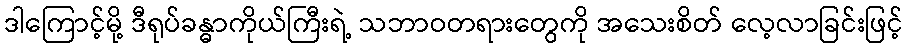
ဒါကြောင့်မို့ ဒီရုပ်ခန္ဓာကိုယ်ကြီးရဲ့ သဘာဝတရားတွေကို အသေးစိတ် လေ့လာခြင်းဖြင့်